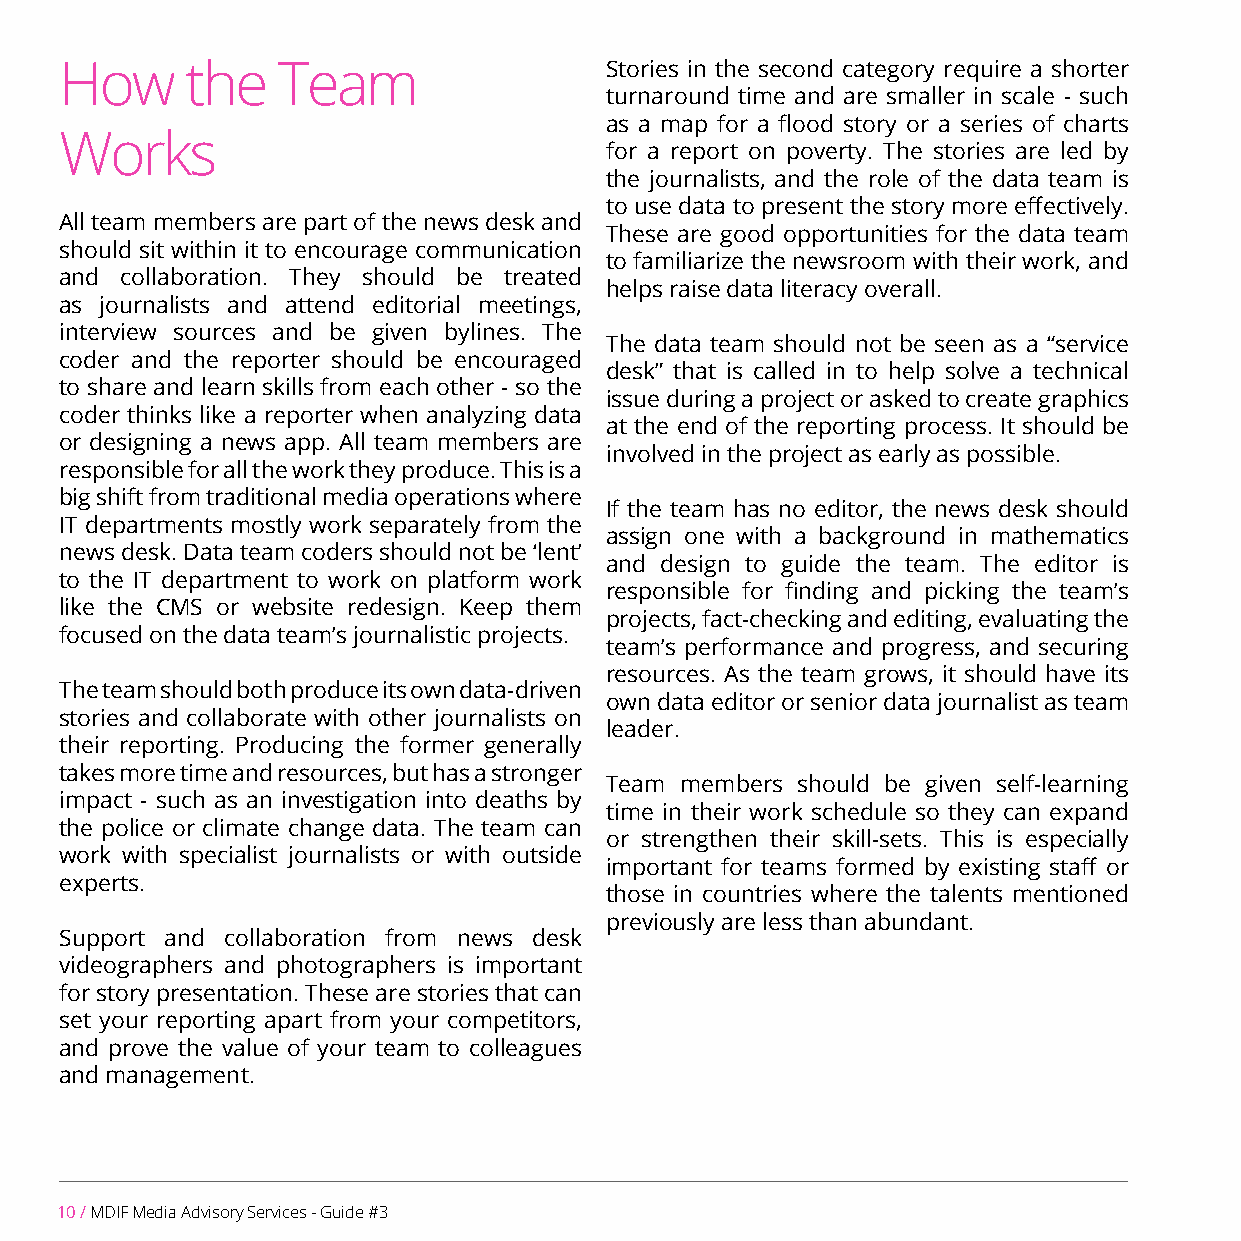
How     the   Team                  Stories in the second category require a shorter
 turnaround time and are smaller in scale - such
 as a map for a flood story or a series of charts
 Works
 for a report on poverty. The stories are led by
 the journalists, and the role of the data team is
 to use data to present the story more effectively.
 All team members are part of the news desk and
 These are good opportunities for the data team
 should sit within it to encourage communication
 to familiarize the newsroom with their work, and
 and collaboration. They should be treated
 helps raise data literacy overall.
 as journalists and attend editorial meetings,
 interview sources and be given bylines. The
 The data team should not be seen as a “service
 coder and the reporter should be encouraged
 desk” that is called in to help solve a technical
 to share and learn skills from each other - so the
 issue during a project or asked to create graphics
 coder thinks like a reporter when analyzing data
 at the end of the reporting process. It should be
 or designing a news app. All team members are
 involved in the project as early as possible.
 responsible for all the work they produce. This is a
 big shift from traditional media operations where
 If the team has no editor, the news desk should
 IT departments mostly work separately from the
 assign one with a background in mathematics
 news desk. Data team coders should not be ‘lent’
 and design to guide the team. The editor is
 to the IT department to work on platform work
 responsible for finding and picking the team’s
 like the CMS or website redesign. Keep them
 projects, fact-checking and editing, evaluating the
 focused on the data team’s journalistic projects.
 team’s performance and progress, and securing
 resources. As the team grows, it should have its
 The team should both produce its own data-driven
 own data editor or senior data journalist as team
 stories and collaborate with other journalists on
 leader.
 their reporting. Producing the former generally
 takes more time and resources, but has a stronger
 Team members should be given self-learning
 impact - such as an investigation into deaths by
 time in their work schedule so they can expand
 the police or climate change data. The team can
 or strengthen their skill-sets. This is especially
 work with specialist journalists or with outside
 important for teams formed by existing staff or
 experts.
 those in countries where the talents mentioned
 previously are less than abundant.
 Support and collaboration from news desk
 videographers and photographers is important
 for story presentation. These are stories that can
 set your reporting apart from your competitors,
 and prove the value of your team to colleagues
 and management.
 10 / MDIF Media Advisory Services - Guide #3